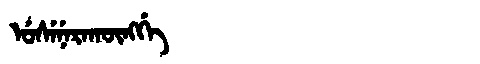
Manchu: ᡠᠰᡝᠨᡝᡵᠠᡴᡡᠩᡤᡝ
Romanization: USENERAKŪNGGE